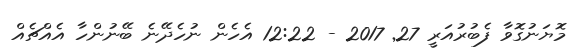
މޮޔަނުގޮވާ ފެބުރުއަރީ 27